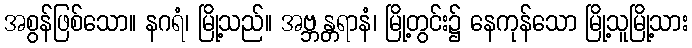
အစွန်ဖြစ်သော။ နဂရံ၊ မြို့သည်။ အဗ္ဘန္တရာနံ၊ မြို့တွင်း၌ နေကုန်သော မြို့သူမြို့သား